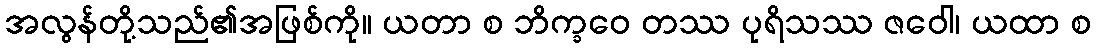
အလွန်တို့သည်၏အဖြစ်ကို။ ယတာ စ ဘိက္ခဝေ တဿ ပုရိသဿ ဇဝေါ၊ ယထာ စ